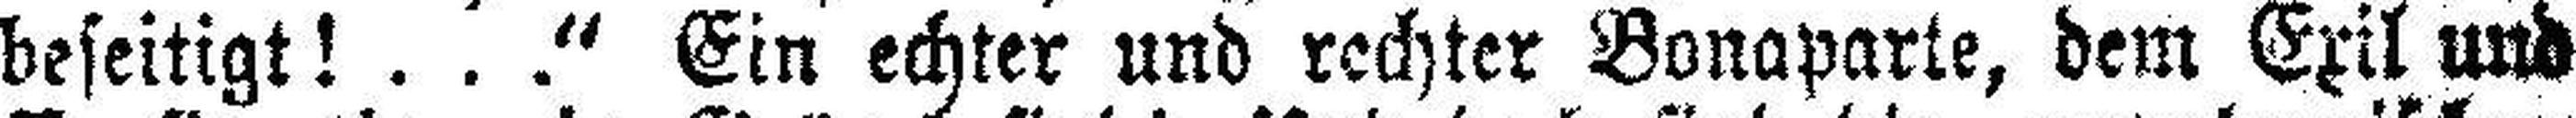
beseitigt! . . .“ Ein echter und rechter Bonaparte, dem Exil und